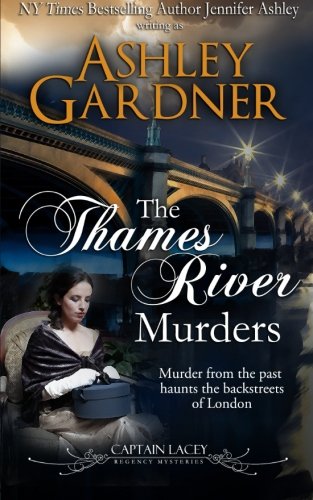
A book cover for The Thames River Murders (Captain Lacey Regency Mysteries) (Volume 10); Ashley Gardner; Mystery, Thriller & Suspense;